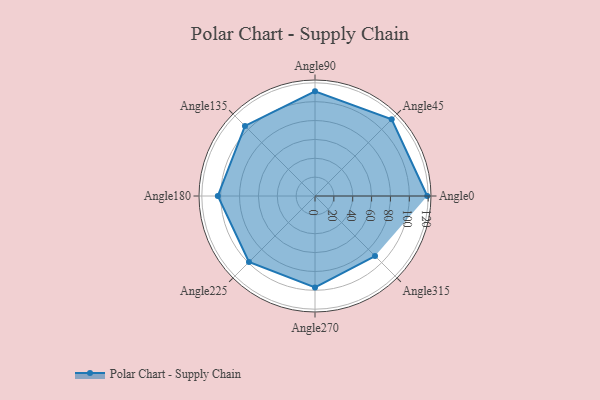
{"axis": {"x": "Angle", "y": "Radius"}, "legend": [""], "data": [{"x": "Angle0", "y": 119.0, "type": ""}, {"x": "Angle45", "y": 115.0, "type": ""}, {"x": "Angle90", "y": 111.0, "type": ""}, {"x": "Angle135", "y": 105.0, "type": ""}, {"x": "Angle180", "y": 103.0, "type": ""}, {"x": "Angle225", "y": 99.0, "type": ""}, {"x": "Angle270", "y": 97.0, "type": ""}, {"x": "Angle315", "y": 90.0, "type": ""}]}